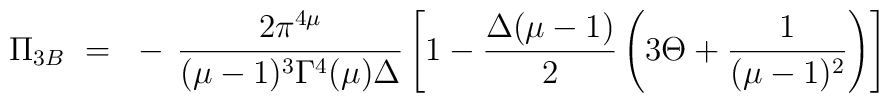
\Pi_{3B} ~=~ - \, \frac{2\pi^{4\mu}}{(\mu-1)^3\Gamma^4(\mu)\Delta}\left[ 1 - \frac{\Delta(\mu-1)}{2} \left( 3\Theta + \frac{1}{(\mu-1)^2}\right)\right]